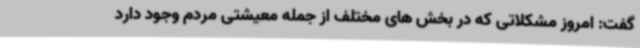
گفت: امروز مشکلاتی که در بخش های مختلف از جمله معیشتی مردم وجود دارد